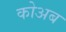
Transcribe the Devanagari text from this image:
कोअब